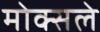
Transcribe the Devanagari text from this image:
मोक्सले